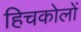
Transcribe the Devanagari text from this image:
हिचकोलों